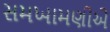
સમખામણીએ